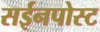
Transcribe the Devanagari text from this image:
सईनपोस्ट